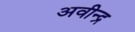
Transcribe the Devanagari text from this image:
अवीन्द्र